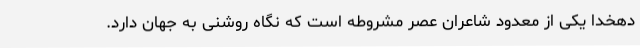
دهخدا یکی از معدود شاعران عصر مشروطه است که نگاه روشنی به جهان دارد.